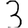
Digit: 3